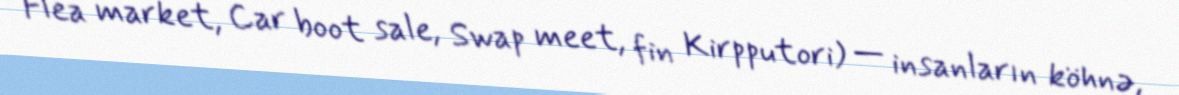
Flea market, Car boot sale, Swap meet, fin Kirpputori) — insanların köhnə,